Civil Veterinary Dept. Bombay admin report 1893-99 - 1893-1899
Year: 1893
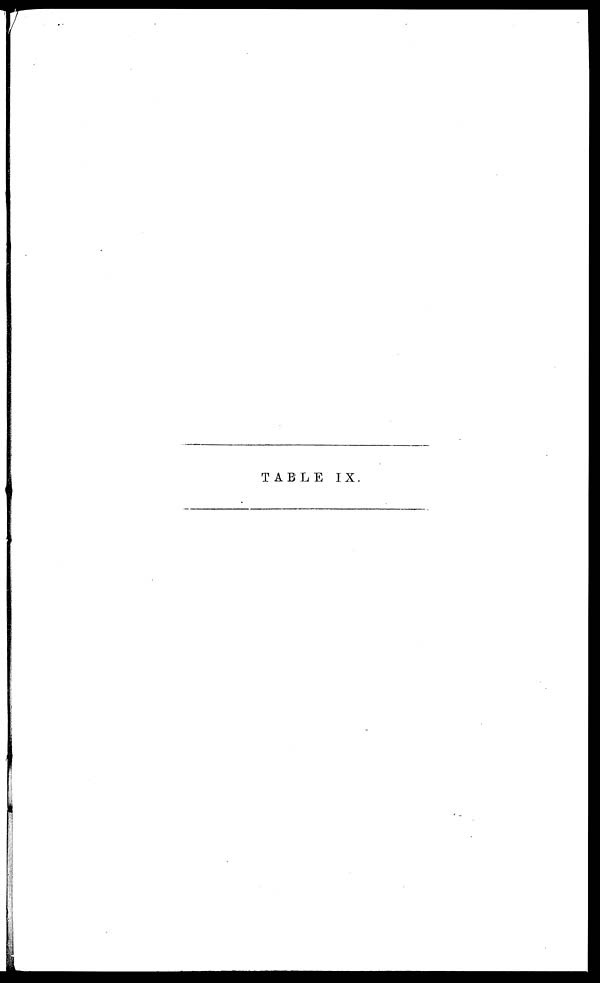
TABLE IX.